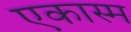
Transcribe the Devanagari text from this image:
एकास्म